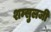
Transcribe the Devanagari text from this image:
शम्सुलजी